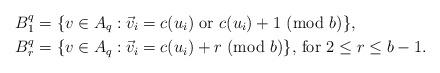
LaTeX: \begin{align*}B_1^q &= \{v\in A_q : \vec{v}_i=c(u_i)\textup{ or }c(u_i)+1\textup{ (mod }b)\},\\B_r^q &= \{v\in A_q : \vec{v}_i=c(u_i)+r\textup{ (mod }b)\}\textup{, for }2\le r\le b-1.\end{align*}